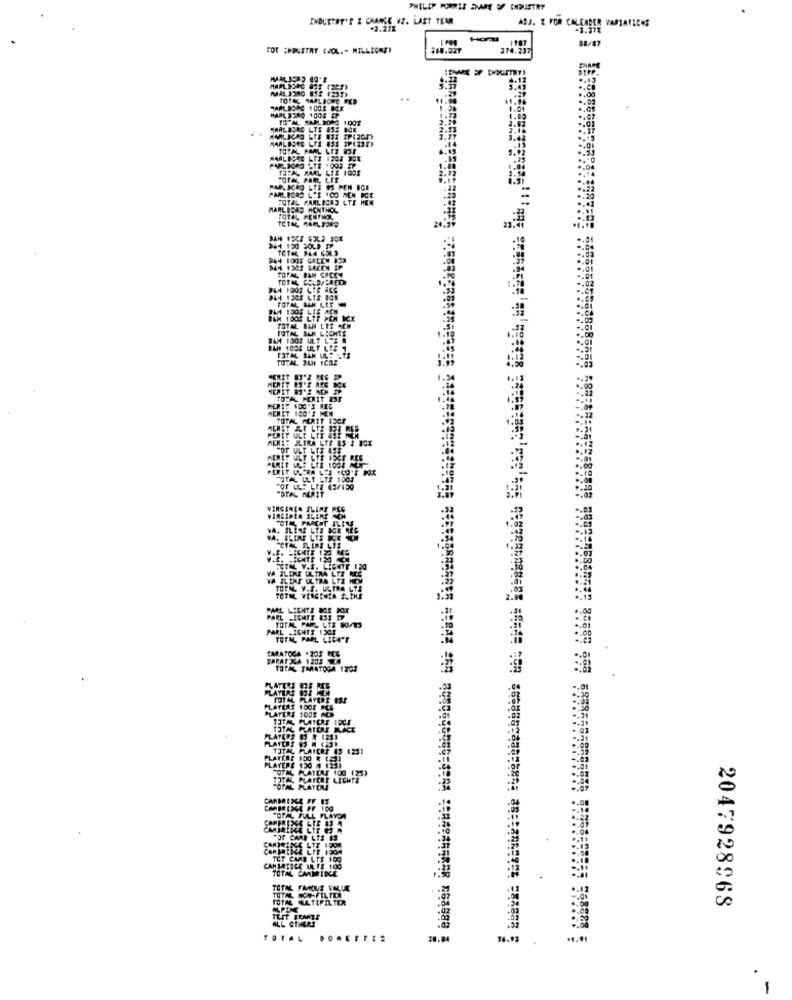
INDUSTRY'S Z CHANCE VI. LAET TEAR
-2.27%
ASJ. E FOR CALENDER VAPARLONS
1107
FOT :HOUSTAY (JOL. - MILLEGNS)
274.237
SNARE
.. 1
11.00
1060 100*
2.13
2.16
5.92
BFF8BFE
VIRGINES
VIRSIARA
TOPM
TOTML
PARL -FONTE 833 17
PARL -IGHTS 1201
TOTAL PAR. LTS BOATS
TOTAL PARL LIGA'T
SARATOGA .205
TOTAL TARATOGA 1203
PLATERS
LAYERS
TOTAL PLAYERS ESS
PLATEAE 10OF RCE
PLAYERS 100E ACN
TOTAL PLATEAE IDCE
TOTAL HATERE RACT
PLATERS 0 8 (28)
TOTAL PLATCRP 43 (23)
PLAYERS 130 ( (25)
PLATERE 100 & [2]
TOTAL PLATEAS 100 (25)
TITA, PLATCER LICHTE
COPAL PLATEN
CARMENGE F
POPAL FULL
POP CARD LTS 15
CARMINE LIT 100A
TOT CARD LTE 109
CANTATOCE IL TE 100
TOTAL CARTRIDGE
TOTAL FAMOUS VALUE
TOTAL ALTIFILTER
TOTAL KA FILTER
2047928968
ALL OTHERS
TUIT JENET
TOTA
10.04
84.93
.....
.
1